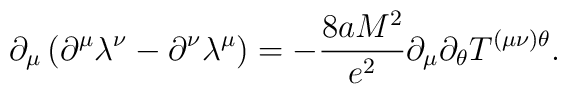
\partial _{\mu }\left( \partial ^{\mu }\lambda ^{\nu }-\partial ^{\nu}\lambda ^{\mu }\right) =-\frac{8aM^{2}}{e^{2}}\partial _{\mu }\partial_{\theta }T^{(\mu \nu )\theta }.